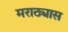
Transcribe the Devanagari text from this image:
मराठ्यास